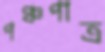
পঞ্চপাত্র